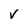
Character: V